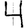
Digit: 4